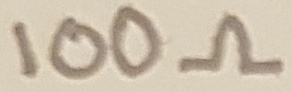
Text: 100Ω